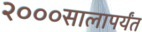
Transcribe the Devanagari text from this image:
२०००सालापर्यंत